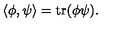
\langle \phi , \psi \rangle = \mathrm { t r } ( \phi \psi ) .